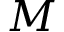
M